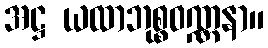
အဋ္ဌ ယထာဘုစ္စဝဏ္ဏနာ။